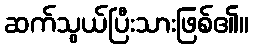
ဆက်သွယ်ပြီးသားဖြစ်၏။